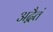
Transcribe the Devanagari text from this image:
अद्वैतं